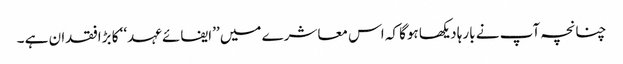
چنانچہ آپ نے بارہا دیکھا ہوگا کہ اس معاشرے میں ’’ایفائے عہد‘‘ کا بڑافقدان ہے ۔